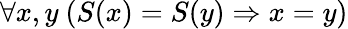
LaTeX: \forall x,y\ (S(x)=S(y)\Rightarrow x=y)